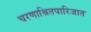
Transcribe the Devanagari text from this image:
चरणाश्रितपारिजात